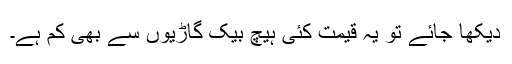
دیکھا جائے تو یہ قیمت کئی ہیچ بیک گاڑیوں سے بھی کم ہے۔